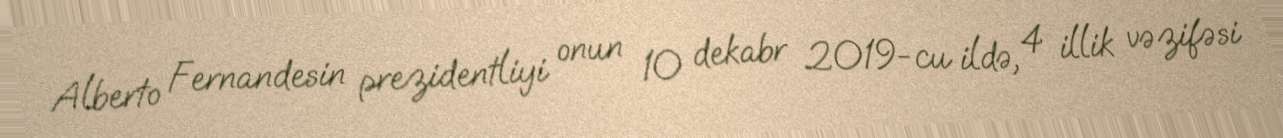
Alberto Fernandesin prezidentliyi onun 10 dekabr 2019-cu ildə, 4 illik vəzifəsi